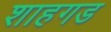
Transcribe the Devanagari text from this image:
शाहगड